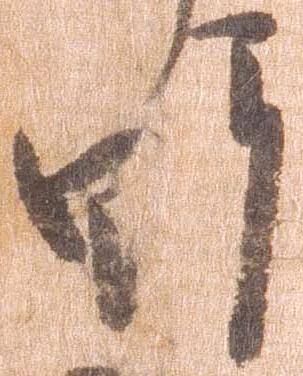
野